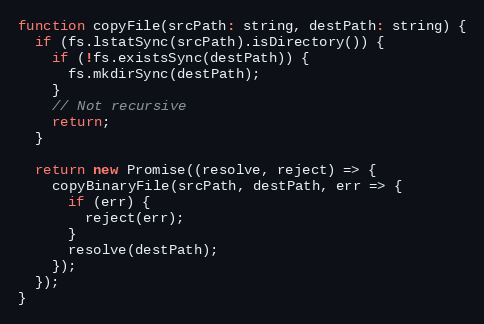
Language: JavaScript
function copyFile(srcPath: string, destPath: string) {
  if (fs.lstatSync(srcPath).isDirectory()) {
    if (!fs.existsSync(destPath)) {
      fs.mkdirSync(destPath);
    }
    // Not recursive
    return;
  }

  return new Promise((resolve, reject) => {
    copyBinaryFile(srcPath, destPath, err => {
      if (err) {
        reject(err);
      }
      resolve(destPath);
    });
  });
}